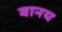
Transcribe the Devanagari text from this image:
बानय